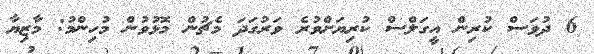
6 ދުވަަސް ކުރިން އީގަލްސް ކުރިޔަށްވުރެ ވަރުގަދަ މެޗުން މޮޅުވުން މުހިންމު: މާޒިޔާ